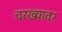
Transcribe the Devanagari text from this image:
चरख्यावर